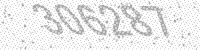
Solution: 306287